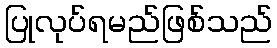
ပြုလုပ်ရမည်ဖြစ်သည်